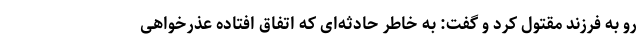
رو به فرزند مقتول کرد و گفت: به خاطر حادثه‌ای که اتفاق افتاده عذرخواهی